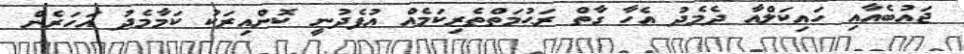
ޖައުބެއާއި ހައިކަލްއާ ދެމެދު އެހާ ގާތް ރަޙުމަތްތެރިކަމެއް އުފެދުނީ ކޮންއިރަކު ކަމާމެދު އަހަރެން